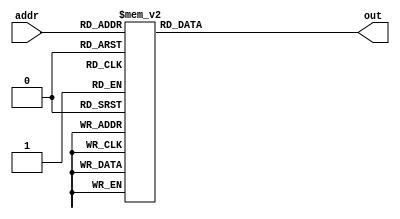


module im(addr,out);//,op,func,shamt,rs,rt,rd,immd,address
input [7:0] addr;
output[31:0] out;

reg [31:0] out;
always @(addr) begin  //
	case(addr)
	

	8'h00: out = 32'h3c09abcd;
	8'h04: out = 32'h1d20000a;
	8'h08: out = 32'h00000000;
	8'h0c: out = 32'h05210008;
	8'h10: out = 32'h00000000;
	8'h14: out = 32'h292a0000;
	8'h18: out = 32'h11400005;
	8'h1c: out = 32'h00000000;
	8'h20: out = 32'h14000003;
	8'h24: out = 32'h00000000;
	8'h28: out = 32'h19200002;
	8'h2c: out = 32'h00000000;
	8'h30: out = 32'h08000c0c;
	8'h34: out = 32'h0c000c11;
	8'h38: out = 32'h0c000c20;
	8'h3c: out = 32'h0c000c30;
	8'h40: out = 32'h08000c39;
	8'h44: out = 32'h2008ffff;
	8'h48: out = 32'h24090001;
	8'h4c: out = 32'h01095022;
	8'h50: out = 32'h01285023;
	8'h54: out = 32'h0109502a;
	8'h58: out = 32'h01095021;
	8'h5c: out = 32'h3c095555;
	8'h60: out = 32'h35295555;
	8'h64: out = 32'h01204825;
	8'h68: out = 32'h390a5555;
	8'h6c: out = 32'h01095024;
	8'h70: out = 32'h01095026;
	8'h74: out = 32'h01095027;
	8'h78: out = 32'h300a5555;
	8'h7c: out = 32'h03e00008;
	8'h80: out = 32'h00008020;
	8'h84: out = 32'h34081280;
	8'h88: out = 32'hae080000;
	8'h8c: out = 32'h22100004;
	8'h90: out = 32'ha2080000;
	8'h94: out = 32'h21080001;
	8'h98: out = 32'ha2080001;
	8'h9c: out = 32'ha6080002;
	8'ha0: out = 32'h82090000;
	8'ha4: out = 32'h92090000;
	8'ha8: out = 32'h86090000;
	8'hac: out = 32'h96090000;
	8'hb0: out = 32'h8e090000;
	8'hb4: out = 32'hac000000;
	8'hb8: out = 32'hae000000;
	8'hbc: out = 32'h03e00008;
	8'hc0: out = 32'h2008ffff;
	8'hc4: out = 32'h00084fc0;
	8'hc8: out = 32'h000957c2;
	8'hcc: out = 32'h000957c3;
	8'hd0: out = 32'h34080017;
	8'hd4: out = 32'h01095004;
	8'hd8: out = 32'h01095006;
	8'hdc: out = 32'h01095007;
	8'he0: out = 32'h03e00008;
	8'he4: out = 32'h08000c39;
	8'he8: out = 32'h00000000;
	8'hec: out = 32'h00000000;
	default: out = {32{1'b0}};
	endcase

end
endmodule